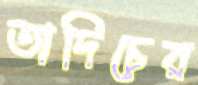
তাদিচের